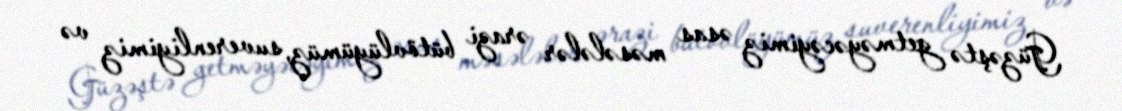
Güzəştə getməyəcəyimiz əsas məsələlər ərazi bütövlüyümüz, suverenliyimiz və